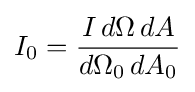
I_{0}={\frac {I\,d\Omega \,dA}{d\Omega _{0}\,dA_{0}}}